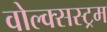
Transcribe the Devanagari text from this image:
वोल्क्सस्ट्रम